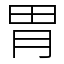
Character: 胃